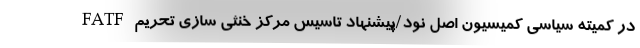
FATF در کمیته سیاسی کمیسیون اصل نود/پیشنهاد تاسیس مرکز خنثی سازی تحریم